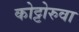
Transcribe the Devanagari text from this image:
कोट्टोरुवा